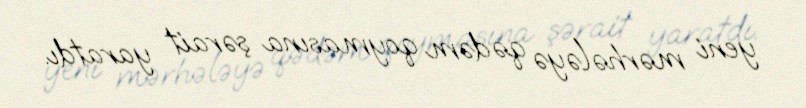
yeni mərhələyə qədəm qoymasına şərait yaratdı.